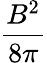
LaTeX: \frac{{B^{2}}}{8{\pi}}